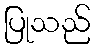
ပြုသည်